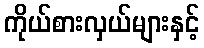
ကိုယ်စားလှယ်များနှင့်